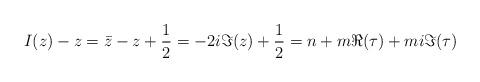
LaTeX: \begin{align*} I(z)-z = \bar z - z + \frac{1}{2} = -2i\Im(z) + \frac{1}{2} = n + m\Re(\tau) + m i\Im(\tau)\end{align*}